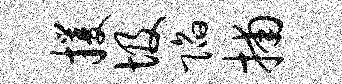
攫圾陷捕